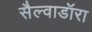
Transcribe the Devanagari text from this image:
सैल्वाडॉरा